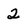
Character: 2